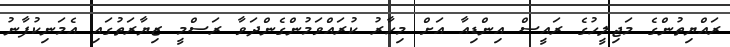
ރައްޔިތުންގެ މަޖިލީހުގެ ރައީސް އިންޑިއާ އަށް މިހާރު ކުރައްވަމުންގެންދަވާ ރަސްމީ ޒިޔާރަތުގައި އެމަނިކުފާނު